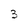
Character: 3